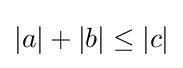
|a|+|b|\leq |c|